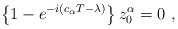
\begin{align*}\left\{1-e^{-i\left( c_\alpha T-\lambda\right)}\right\} z^\alpha_0=0\ ,\end{align*}